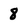
Character: 8